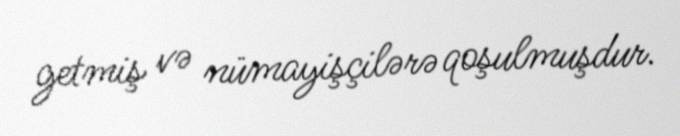
getmiş və nümayişçilərə qoşulmuşdur.